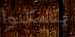
يتمكنوا